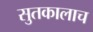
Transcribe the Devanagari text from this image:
सुतकालाच